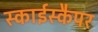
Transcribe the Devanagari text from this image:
स्काईस्कैपर